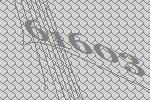
61603